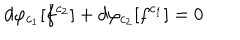
d \varphi _ { c _ { 1 } } [ f ^ { c _ { 2 } } ] + d \varphi _ { c _ { 2 } } [ f ^ { c _ { 1 } } ] = 0